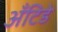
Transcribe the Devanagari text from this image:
अँटिडे